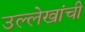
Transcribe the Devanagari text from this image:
उल्लेखांची